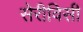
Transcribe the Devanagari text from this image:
सेरीविसी